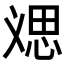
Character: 𱞥